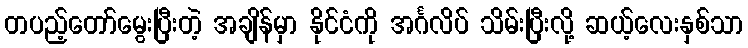
တပည့်တော်မွေးပြီးတဲ့ အချိန်မှာ နိုင်ငံကို အင်္ဂလိပ် သိမ်းပြီးလို့ ဆယ့်လေးနှစ်သာ